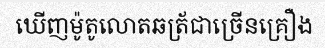
ឃើញម៉ូតូលោតឆត្រ័ជាច្រើនគ្រឿង